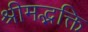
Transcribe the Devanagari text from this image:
श्रीमद्भक्ति